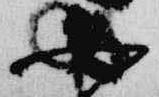
女